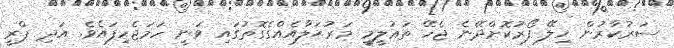
ސަރުކާރުން ހިލޭ ފޯރުކޮށްދޭނެ ޖެހޭ ތަޢުލީމީ މަރުޙަލާއެއްގެގޮތުގައި ވަނީ ހަމަޖެހިފައެވެ. އަދި ޕްރީ